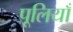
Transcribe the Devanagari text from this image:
पूलियाँ